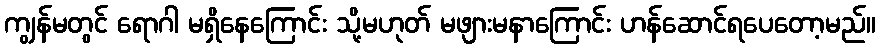
ကျွန်မတွင် ရောဂါ မရှိနေကြောင်း သို့မဟုတ် မဖျားမနာကြောင်း ဟန်ဆောင်ရပေတော့မည်။